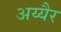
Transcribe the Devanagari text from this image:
अय्यैर